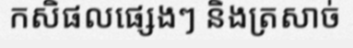
កសិផលផ្សេងៗ និងត្រសាច់